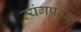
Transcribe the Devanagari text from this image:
व्यंगपरक